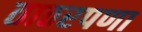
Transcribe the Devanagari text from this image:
ताठरपणा